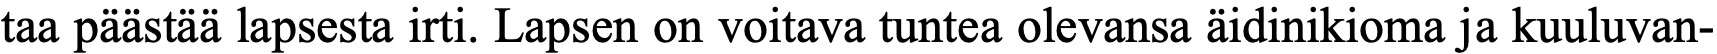
taa päästää lapsesta irti. Lapsen on voitava tuntea olevansa äidinikioma ja kuuluvan-